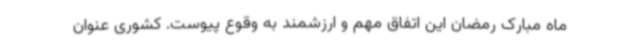
ماه مبارک رمضان این اتفاق مهم و ارزشمند به وقوع پیوست. کشوری عنوان